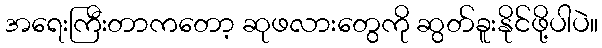
အရေးကြီးတာကတော့ ဆုဖလားတွေကို ဆွတ်ခူးနိုင်ဖို့ပါပဲ။